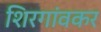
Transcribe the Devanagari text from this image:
शिरगांवकर